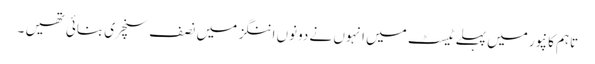
تاہم کانپور میں پہلے ٹیسٹ میں انہوں نے دونوں اننگز میں نصف سنچری بنائی تھیں ۔